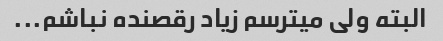
البته ولی میترسم زیاد رقصنده نباشم...